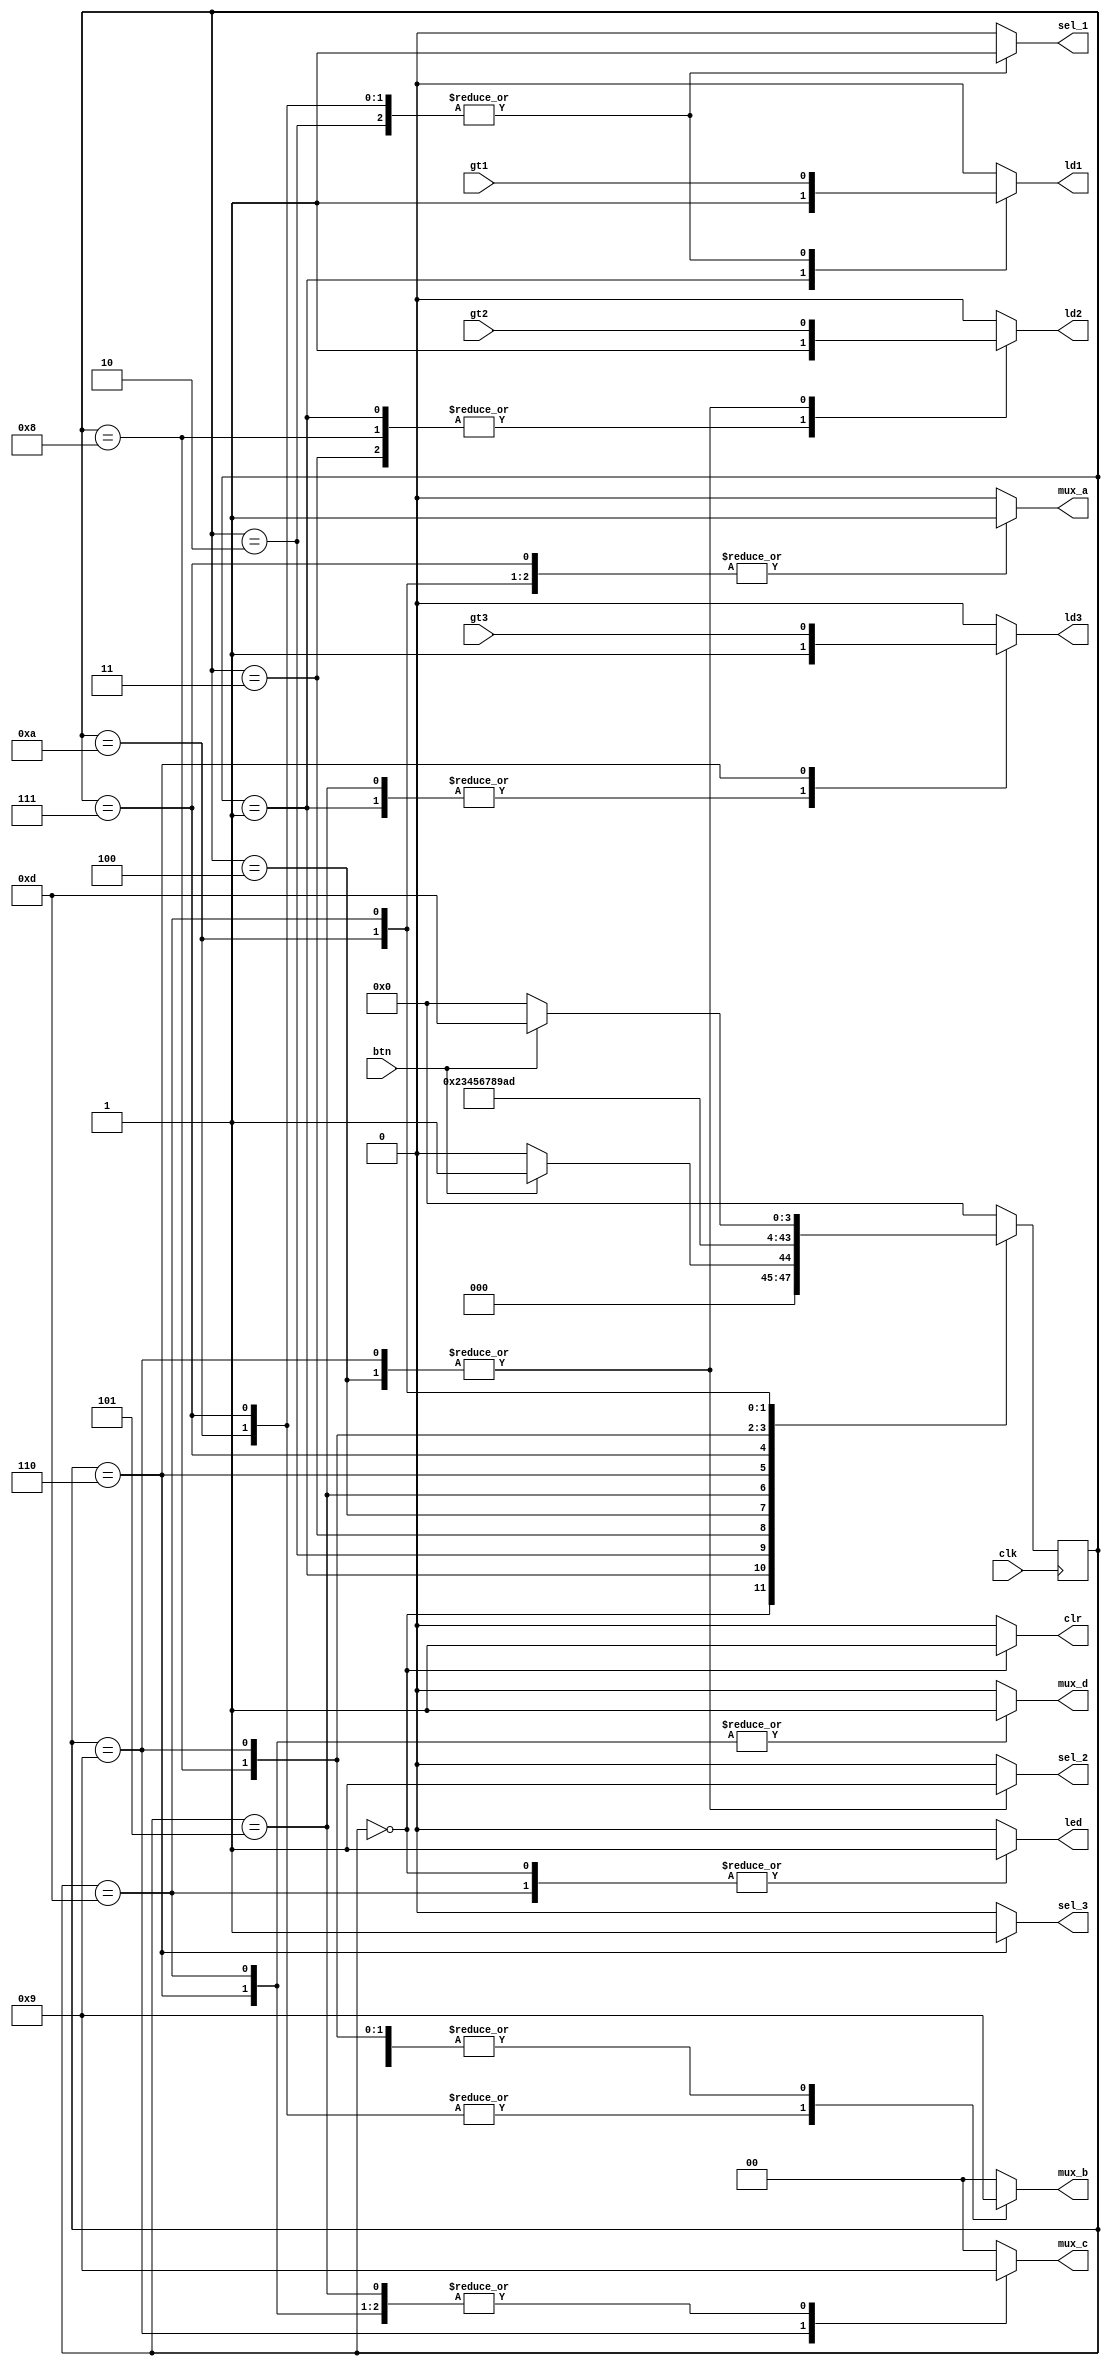
module fsm_template( 
    input  btn, gt1, gt2, gt3, clk,
    output reg sel_1, sel_2, sel_3, ld1, ld2, ld3,
    output reg mux_a, mux_d, clr, led,
    output reg [1:0] mux_b, mux_c
    );
     
    //- next state & present state variables
    reg [3:0] NS, PS; 
    //- bit-level state representations
    parameter [3:0] st_WAIT=4'b0000, st_init=4'b0001, st_1=4'b0010;
    parameter [3:0] st_2=4'b0011, st_3=4'b0100, st_4=4'b0101, st_5=4'b0110;
    parameter [3:0] st_6=4'b0111, st_7=4'b1000, st_8=4'b1001, st_9=4'b1010;
    parameter [3:0] st_10=4'b1011, st_11=4'b1100;
    parameter [3:0] st_DISPLAY=4'b1101; 
    

    //- model the state registers
    always @ (posedge clk)
          PS <= NS; 
    
    
    //- model the next-state and output decoders
    always @ (btn,PS)
    begin
       // assign all outputs
       sel_1 = 0; sel_2 = 0; sel_3 = 0; mux_a = 0; mux_b = 2'b00; mux_c = 2'b00;
       mux_d = 0; ld1 = 0; ld2 = 0; ld3 = 0; clr = 0; led = 0;
       case(PS)
          st_WAIT:
          begin
             sel_1 = 0; sel_2 = 0; sel_3 = 0; mux_a = 0; mux_b = 2'b00; mux_c = 2'b00;
             mux_d = 0; ld1 = 0; ld2 = 0; ld3 = 0; clr = 1; led = 1;        
             if (btn == 0)   
                NS = st_WAIT;  
             else
                NS = st_init;
          end
          
          st_init:
             begin
                ld1 = 1; ld2 = 1; ld3 = 1;
                NS = st_1;
             end   
             
          st_1:
             begin
                mux_a = 1; mux_b = 2'b00; sel_1 = 1; ld1 = gt1;
                NS = st_2;
             end
             
          st_2:
             begin
                 mux_b = 2'b01; sel_2 = 0; ld2 = 1; ld1 = 0;
                 NS = st_3;
             end
             
          st_3:
              begin
                 mux_b = 2'b01; mux_c = 2'b00; ld2 = gt2; sel_2 = 1;
                 NS = st_4;
              end
          
          st_4:
            begin
                mux_c = 2'b01; sel_3 = 0; ld3 = 1; ld2 = 0;
                NS = st_5;
            end
              
          st_5:
              begin
                 mux_c = 2'b01; mux_d = 1;
                 ld3 = gt3; sel_3 = 1;
                 NS = st_6;
              end
              
          st_6:
              begin
                  mux_a = 1; mux_b = 2'b10;
                  ld1 = gt1; sel_1 = 1; ld3 = 0;
                  NS = st_7;
              end
           
          st_7:
             begin
                mux_b = 2'b01; ld2 = 1; sel_2 = 0; ld1 = 0;
                NS = st_8;
             end
             
          st_8:
             begin
                 mux_b = 2'b01; mux_c = 2'b10;
                 ld2 = gt2; sel_2 = 1; 
                 NS = st_9;
             end
           
           st_9:
               begin
                  mux_a = 1; mux_b = 2'b10;
                  ld1 = gt1; sel_1 = 1; ld2 = 0;
                  NS = st_DISPLAY;
               end
            
          st_DISPLAY:
             begin
                mux_a = 1; mux_b = 2'b01; mux_c = 2'b01;
                mux_d = 1; clr = 0; led = 1; ld1 = 0;    
                if (btn == 0)   
                   NS = st_WAIT;  
                else
                   NS = st_DISPLAY;
             end
             
          default: NS = st_WAIT; 
            
          endcase
      end              
endmodule